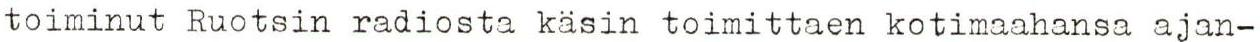
toiminut Ruotsin radiosta käsin toimittaen kotimaahansa ajan-